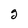
Character: g